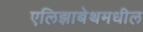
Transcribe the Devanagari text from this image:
एलिझाबेथमधील